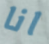
انا